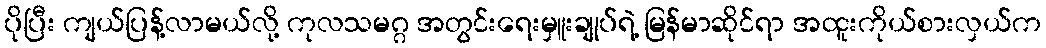
ပိုပြီး ကျယ်ပြန့်လာမယ်လို့ ကုလသမဂ္ဂ အတွင်းရေးမှူးချုပ်ရဲ့ မြန်မာဆိုင်ရာ အထူးကိုယ်စားလှယ်က